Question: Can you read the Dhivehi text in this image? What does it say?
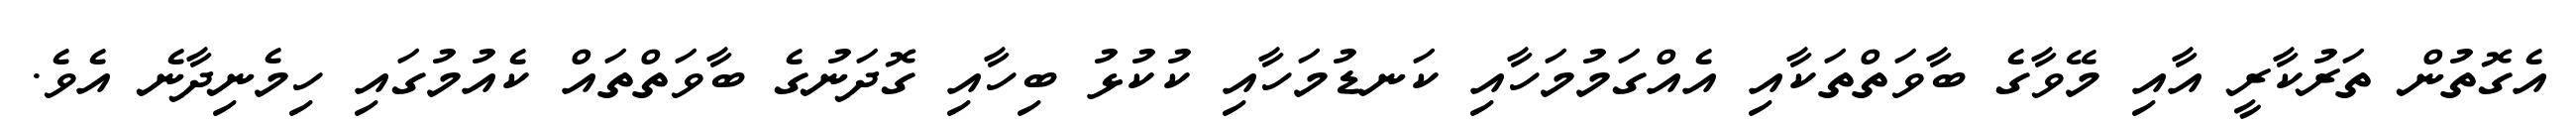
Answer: އެގޮތުން ތަރުކާރީ އާއި މޭވާގެ ބާވަތްތަކާއި އެއްގަމުމަހާއި ކަނޑުމަހާއި ކުކުޅު ބިހާއި ގޮދަނުގެ ބާވަތްތައް ކެއުމުގައި ހިމެނިދާނެ އެވެ.